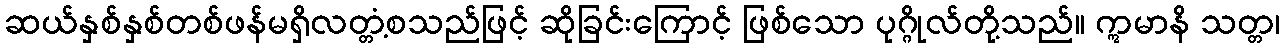
ဆယ်နှစ်နှစ်တစ်ဖန်မရှိလတ္တံ့စသည်ဖြင့် ဆိုခြင်းကြောင့် ဖြစ်သော ပုဂ္ဂိုလ်တို့သည်။ ဣမာနိ သတ္တ၊